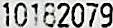
10182079